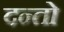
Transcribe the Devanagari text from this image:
दन्तो